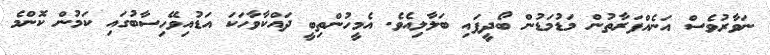
ނަވާރުވެސް އަނެއްފަރާތުން މަޑުމަޑުން ބޯދީފައި ބަލާލިއެވެ. އެމީހުންތިބީ ދައްކާވާހަކަ އަޑުއިވޭހިސާބުގައި ކަމުން ކޮންމެ